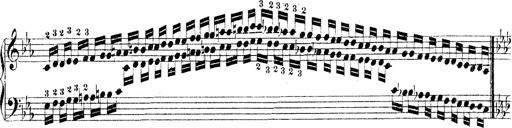
Title: Technische Studien
Composer: Franz Liszt